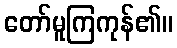
တော်မူကြကုန်၏။